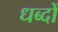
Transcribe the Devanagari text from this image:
धब्दों